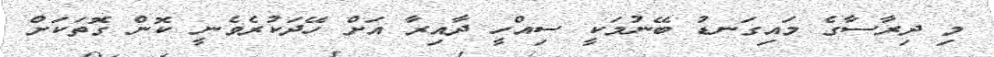
މި ދިރާސާގެ މައިގަނޑު ބޭނުމަކީ ސިއްހީ ދާއިރާ އަށް ހޭދަކުރެވެނީ ކޮން ގޮތަކަށް